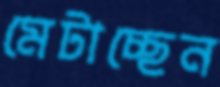
মেটাচ্ছেন